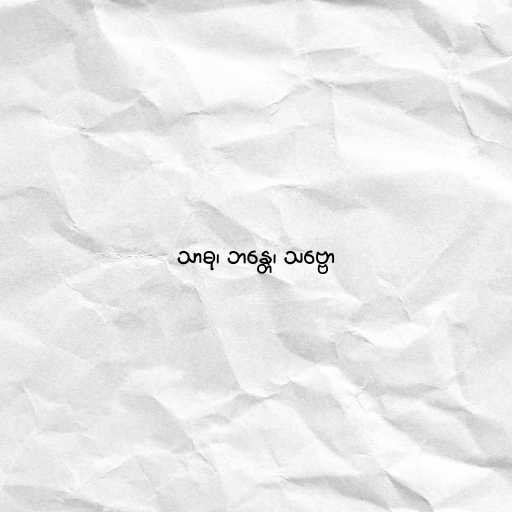
သာဓု၊ ဘန္တေ၊ သဗ္ဗော